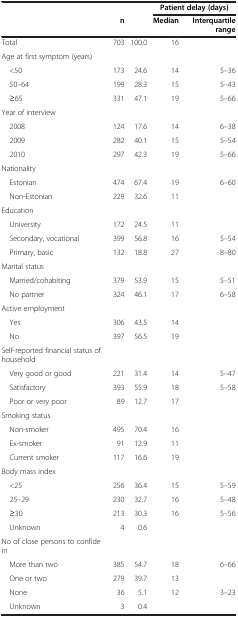
<table><thead><tr><td>[EMPTY_CELL]</td><td>[EMPTY_CELL]</td><td>[EMPTY_CELL]</td><td colspan="2"><b>Patient delay (days)</b></td></tr><tr><td>[EMPTY_CELL]</td><td><b>n</b></td><td>[EMPTY_CELL]</td><td><b>Median</b></td><td><b>Interquartile range</b></td></tr></thead><tbody><tr><td>Total</td><td>703</td><td>100.0</td><td>16</td><td>[EMPTY_CELL]</td></tr><tr><td>Age at first symptom (years)</td><td>[EMPTY_CELL]</td><td>[EMPTY_CELL]</td><td>[EMPTY_CELL]</td><td>[EMPTY_CELL]</td></tr><tr><td> &lt;50</td><td>173</td><td>24.6</td><td>14</td><td>5–36</td></tr><tr><td> 50–64</td><td>199</td><td>28.3</td><td>15</td><td>5–43</td></tr><tr><td> ≥65</td><td>331</td><td>47.1</td><td>19</td><td>5–66</td></tr><tr><td>Year of interview</td><td>[EMPTY_CELL]</td><td>[EMPTY_CELL]</td><td>[EMPTY_CELL]</td><td>[EMPTY_CELL]</td></tr><tr><td> 2008</td><td>124</td><td>17.6</td><td>14</td><td>6–38</td></tr><tr><td> 2009</td><td>282</td><td>40.1</td><td>15</td><td>5–54</td></tr><tr><td> 2010</td><td>297</td><td>42.3</td><td>19</td><td>5–66</td></tr><tr><td>Nationality</td><td>[EMPTY_CELL]</td><td>[EMPTY_CELL]</td><td>[EMPTY_CELL]</td><td>[EMPTY_CELL]</td></tr><tr><td> Estonian</td><td>474</td><td>67.4</td><td>19</td><td>6–60</td></tr><tr><td> Non-Estonian</td><td>229</td><td>32.6</td><td>11</td><td>[EMPTY_CELL]</td></tr><tr><td>Education</td><td>[EMPTY_CELL]</td><td>[EMPTY_CELL]</td><td>[EMPTY_CELL]</td><td>[EMPTY_CELL]</td></tr><tr><td> University</td><td>172</td><td>24.5</td><td>11</td><td>[EMPTY_CELL]</td></tr><tr><td> Secondary, vocational</td><td>399</td><td>56.8</td><td>16</td><td>5–54</td></tr><tr><td> Primary, basic</td><td>132</td><td>18.8</td><td>27</td><td>8–80</td></tr><tr><td>Marital status</td><td>[EMPTY_CELL]</td><td>[EMPTY_CELL]</td><td>[EMPTY_CELL]</td><td>[EMPTY_CELL]</td></tr><tr><td> Married/cohabiting</td><td>379</td><td>53.9</td><td>15</td><td>5–51</td></tr><tr><td> No partner</td><td>324</td><td>46.1</td><td>17</td><td>6–58</td></tr><tr><td>Active employment</td><td>[EMPTY_CELL]</td><td>[EMPTY_CELL]</td><td>[EMPTY_CELL]</td><td>[EMPTY_CELL]</td></tr><tr><td> Yes</td><td>306</td><td>43.5</td><td>14</td><td>[EMPTY_CELL]</td></tr><tr><td> No</td><td>397</td><td>56.5</td><td>19</td><td>[EMPTY_CELL]</td></tr><tr><td>Self-reported financial status of household</td><td>[EMPTY_CELL]</td><td>[EMPTY_CELL]</td><td>[EMPTY_CELL]</td><td>[EMPTY_CELL]</td></tr><tr><td> Very good or good</td><td>221</td><td>31.4</td><td>14</td><td>5–47</td></tr><tr><td> Satisfactory</td><td>393</td><td>55.9</td><td>18</td><td>5–58</td></tr><tr><td> Poor or very poor</td><td>89</td><td>12.7</td><td>17</td><td>[EMPTY_CELL]</td></tr><tr><td>Smoking status</td><td>[EMPTY_CELL]</td><td>[EMPTY_CELL]</td><td>[EMPTY_CELL]</td><td>[EMPTY_CELL]</td></tr><tr><td> Non-smoker</td><td>495</td><td>70.4</td><td>16</td><td>[EMPTY_CELL]</td></tr><tr><td> Ex-smoker</td><td>91</td><td>12.9</td><td>11</td><td>[EMPTY_CELL]</td></tr><tr><td> Current smoker</td><td>117</td><td>16.6</td><td>19</td><td>[EMPTY_CELL]</td></tr><tr><td>Body mass index</td><td>[EMPTY_CELL]</td><td>[EMPTY_CELL]</td><td>[EMPTY_CELL]</td><td>[EMPTY_CELL]</td></tr><tr><td> &lt;25</td><td>256</td><td>36.4</td><td>15</td><td>5–59</td></tr><tr><td> 25–29</td><td>230</td><td>32.7</td><td>16</td><td>5–48</td></tr><tr><td> ≥30</td><td>213</td><td>30.3</td><td>16</td><td>5–56</td></tr><tr><td> Unknown</td><td>4</td><td>0.6</td><td>[EMPTY_CELL]</td><td>[EMPTY_CELL]</td></tr><tr><td>No of close persons to confide in</td><td>[EMPTY_CELL]</td><td>[EMPTY_CELL]</td><td>[EMPTY_CELL]</td><td>[EMPTY_CELL]</td></tr><tr><td> More than two</td><td>385</td><td>54.7</td><td>18</td><td>6–66</td></tr><tr><td> One or two</td><td>279</td><td>39.7</td><td>13</td><td>[EMPTY_CELL]</td></tr><tr><td> None</td><td>36</td><td>5.1</td><td>12</td><td>3–23</td></tr><tr><td> Unknown</td><td>3</td><td>0.4</td><td>[EMPTY_CELL]</td><td>[EMPTY_CELL]</td></tr></tbody></table>